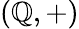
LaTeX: (\mathbb{Q},+)